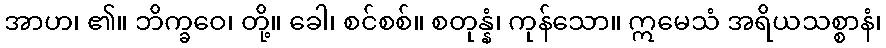
အာဟ၊ ၏။ ဘိက္ခဝေ၊ တို့။ ခေါ၊ စင်စစ်။ စတုန္နံ၊ ကုန်သော။ ဣမေသံ အရိယသစ္စာနံ၊